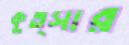
কুত্সার